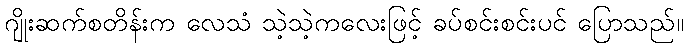
ဂျိုးဆက်စတိန်းက လေသံ သဲ့သဲ့ကလေးဖြင့် ခပ်စင်းစင်းပင် ပြောသည်။